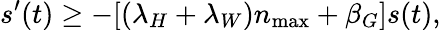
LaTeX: s^{\prime}(t)\geq-[(\lambda_{H}+\lambda_{W})n_{\operatorname*{max}}+\beta_{G}]s(t),